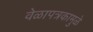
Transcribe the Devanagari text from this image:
वेळापत्रकामुळे